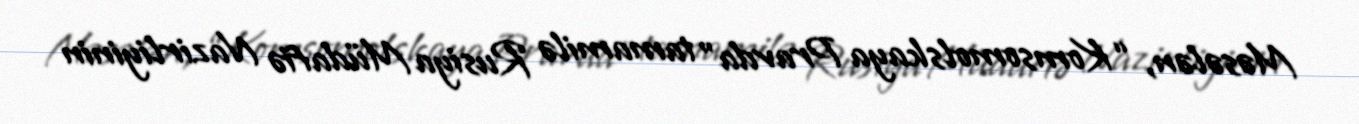
Məsələn, “Komsomolskaya Pravda” tamamilə Rusiya Müdafiə Nazirliyinin